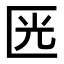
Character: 𠥳